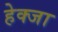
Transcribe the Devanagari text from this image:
हेक्जा